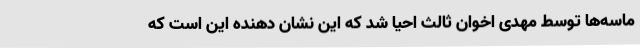
ماسه‌ها توسط مهدی اخوان ثالث احیا شد که این نشان دهنده این است که